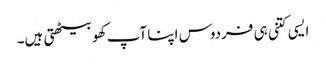
ایسی کتنی ہی فردوس اپنا آپ کھو بیٹھتی ہیں۔